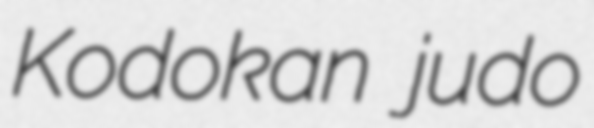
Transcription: Kodokan judo